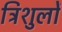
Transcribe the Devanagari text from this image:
त्रिशुलों